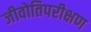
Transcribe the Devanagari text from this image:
जीवोतिपरीक्षण